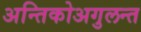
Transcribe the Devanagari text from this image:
अन्तिकोअगुलन्त